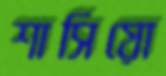
শাসিয়ো